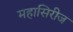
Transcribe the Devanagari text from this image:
महासिरीज